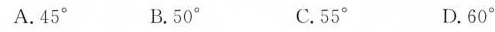
A.45° B.50° C.55° D.60°